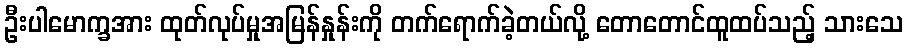
ဦးပါမောက္ခအား ထုတ်လုပ်မှုအမြန်နှုန်းကို တက်ရောက်ခဲ့တယ်လို့ တောတောင်ထူထပ်သည့် သားသေ